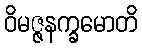
ဝိမဇ္ဇနက္ခမောတိ